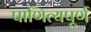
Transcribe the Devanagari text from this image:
पाणित्यपूर्ण